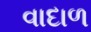
વાદાળ